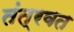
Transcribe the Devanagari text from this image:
तंत्रवत